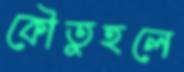
কৌতুহলে